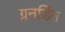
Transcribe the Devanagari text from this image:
ग्रनडिंग